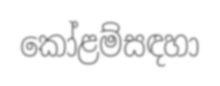
කෝළම්සඳහා